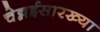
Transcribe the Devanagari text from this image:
चेन्नईसारख्या